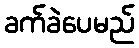
ခက်ခဲပေမည်